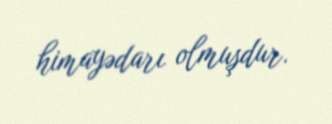
himayədarı olmuşdur.